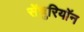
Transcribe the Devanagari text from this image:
सेंचुरियॉन